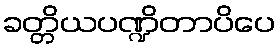
ခတ္တိယပဏ္ဍိတာပိပေ